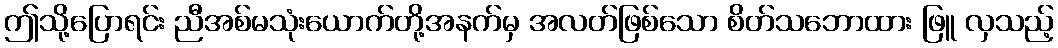
ဤသို့ပြောရင်း ညီအစ်မသုံးယောက်တို့အနက်မှ အလတ်ဖြစ်သော စိတ်သဘောထား ဖြူ လှသည့်